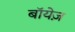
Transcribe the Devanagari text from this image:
बॉयेज़